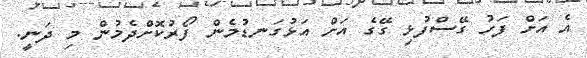
އެ އަށް ފަހު ގޭސްފުޅި ގޭގެ އަށް އަޅުގަނޑުމެން ފޯރުކޮށްދެމުން މި ދަނީ.